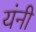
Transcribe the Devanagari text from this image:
यंनी